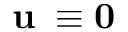
\bf u _ { \Sigma } \equiv \bf 0